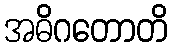
အဓိဂတောတိ